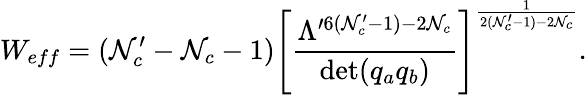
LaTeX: W_{eff}=(\mathcal{N}_{c}^{\prime}-\mathcal{N}_{c}-1)\left[\frac{{\Lambda^{\prime6(\mathcal{N}_{c}^{\prime}-1)-2\mathcal{N}_{c}}}}{{\operatorname*{det}(q_{a}q_{b})}}\right]^{\frac{{1}}{{2(\mathcal{N}_{c}^{\prime}-1)-2\mathcal{N}_{c}}}}.